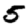
Digit: 5